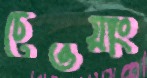
চেওয়াং